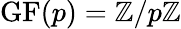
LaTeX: \operatorname{GF}(p)=\mathbb{Z}/p\mathbb{Z}